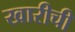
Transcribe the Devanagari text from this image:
खारीची